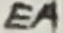
Text: EA